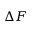
\Delta F